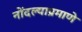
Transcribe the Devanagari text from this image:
नोंदल्याप्रमाणे